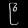
Digit: ၉